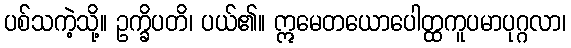
ပစ်သကဲ့သို့။ ဥက္ခိပတိ၊ ပယ်၏။ ဣမေတယောပေါတ္ထကူပမာပုဂ္ဂလာ၊